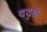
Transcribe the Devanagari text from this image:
ददृश्रे